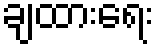
ချထားရေး